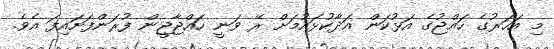
މި އަހަރުގެ ހައްޖުގެ އަޅުކަން އަދާކުޅައުމަށް ރޭ ވަނީ ހައްޖާޖީން ފުރަންފަށައިފަ އެވެ.